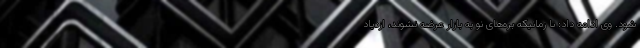
شود. وی ادامه داد: تا زمانیکه بره‌های نو به بازار عرضه نشوند، ازدیاد